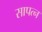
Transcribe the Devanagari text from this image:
सापत्न